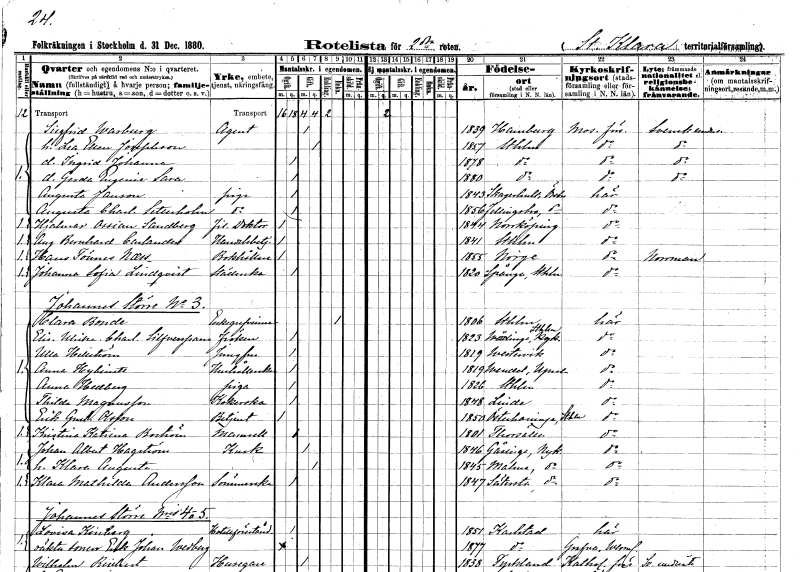
gt_parse: households: individuals: FN: Sigfrid
EN: Warburg
YRKE: Agent
KON: M
CIV: G
FODAR: 1839
FN: Lea Ellen
EN: Josephson
KON: K
CIV: G
FODAR: 1857
FODFORS: Stockholm
FN: Ingrid Johanna
KON: K
CIV: O
FODAR: 1878
FODFORS: Stockholm
FN: Gerda Eugenia Sara
KON: K
CIV: O
FODAR: 1880
FODFORS: Stockholm
FN: Augusta
EN: Janson
YRKE: Piga
KON: K
CIV: O
FODAR: 1843
FODFORS: Skagershult Örebro län
FN: Augusta Charlotta
EN: Setterholm
YRKE: Piga
KON: K
CIV: O
FODAR: 1856
FODFORS: Fellingsbro Örebro län
FN: Hjalmar Ossian
EN: Sandberg
YRKE: Fil. doktor
KON: M
CIV: O
FODAR: 1844
FODFORS: Norrköping Östergötlands län
FN: August Bernhard
EN: Carlander
YRKE: Handelsbetjänt
KON: M
CIV: O
FODAR: 1841
FODFORS: Stockholm
FN: Hans
EN: Tönnes Naess
YRKE: Bokhållare
KON: M
CIV: O
FODAR: 1855
FN: Johanna Sofia
EN: Lindqvist
YRKE: Städerska
KON: K
CIV: O
FODAR: 1820
FODFORS: Spånga Stockholms län
FN: Clara
EN: Bonde
KON: K
CIV: E
FODAR: 1806
FODFORS: Stockholm
FN: Elise Ulrika Charlotta
EN: Silfversparre
KON: K
CIV: O
FODAR: 1823
FODFORS: Vårdinge Stockholms län
FN: Ulla
EN: Hellström
YRKE: Jungfru
KON: K
CIV: O
FODAR: 1819
FODFORS: Västervik Kalmar län
FN: Anna
EN: Hybinett
YRKE: Hushållerska
KON: K
CIV: O
FODAR: 1819
FODFORS: Vendel Uppsala län
FN: Anna
EN: Hellberg
YRKE: Piga
KON: K
CIV: O
FODAR: 1826
FODFORS: Stockholm
FN: Thilda
EN: Magnusson
YRKE: Kokerska
KON: K
CIV: O
FODAR: 1848
FODFORS: Linde Örebro län
FN: Erik Gustaf
EN: Olsson
YRKE: Betjänt
KON: M
CIV: O
FODAR: 1850
FODFORS: Österhaninge Stockholms län
FN: Kristina Katrina
EN: Boström
KON: K
CIV: O
FODAR: 1801
FODFORS: Torshälla Södermanlands län
FN: Johan Albert
EN: Hagström
YRKE: Kusk
KON: M
CIV: G
FODAR: 1846
FODFORS: Gåsinge Södermanlands län
FN: Klara Augusta
KON: K
CIV: G
FODAR: 1845
FODFORS: Malma Södermanlands län
FN: Klara Mathilda
EN: Andersson
YRKE: Sömmerska
KON: K
CIV: O
FODAR: 1847
FODFORS: Sättersta Södermanlands län